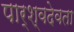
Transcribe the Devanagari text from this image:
पार्श्वदेवता